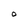
Character: O